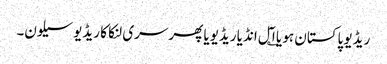
ریڈیو پاکستان ہو یا ا؎ٓل انڈیا ریڈیویا پھر سری لنکا کا ریڈیو سیلون۔